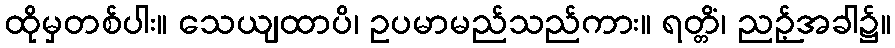
ထိုမှတစ်ပါး။ သေယျထာပိ၊ ဥပမာမည်သည်ကား။ ရတ္တိံ၊ ညဉ့်အခါ၌။